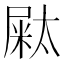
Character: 𡳁